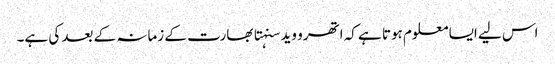
اس لیے ایسا معلوم ہوتا ہے کہ اتھرو وید سنہتا بھارت کے زمانہ کے بعد کی ہے۔